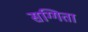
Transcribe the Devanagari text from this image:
सग्गिता